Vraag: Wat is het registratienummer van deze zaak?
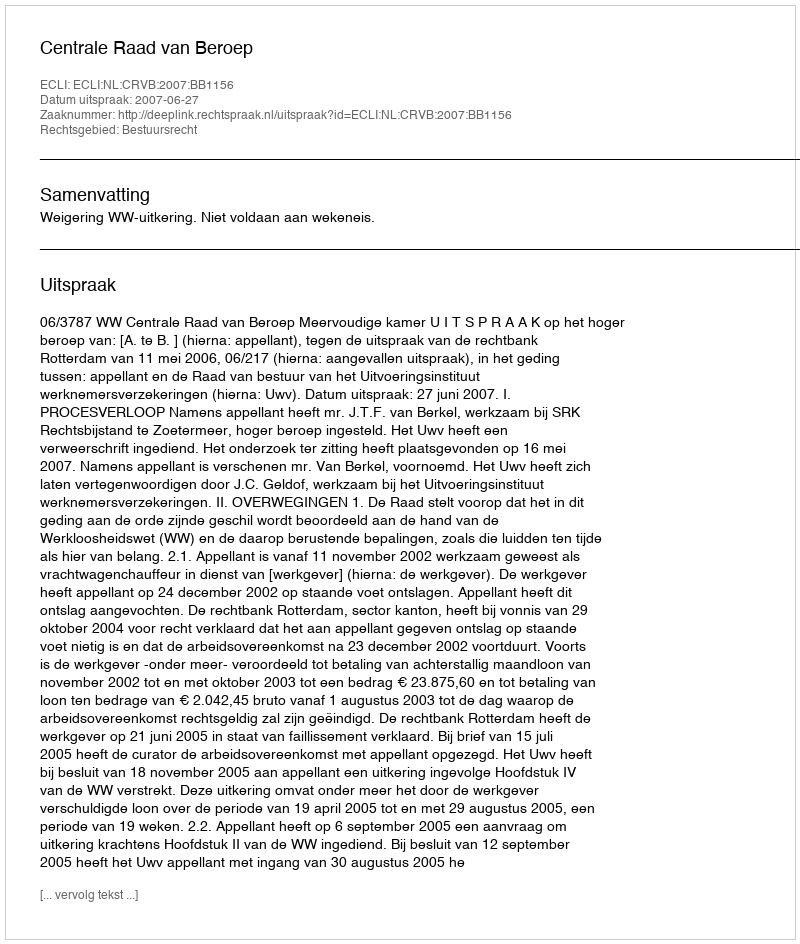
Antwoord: http://deeplink.rechtspraak.nl/uitspraak?id=ECLI:NL:CRVB:2007:BB1156